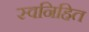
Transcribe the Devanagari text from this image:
स्वनिहित